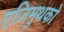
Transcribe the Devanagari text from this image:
एज़िमुथको